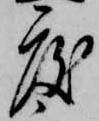
度